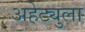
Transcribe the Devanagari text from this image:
अहेट्युला